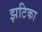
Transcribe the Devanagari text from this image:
झटिका